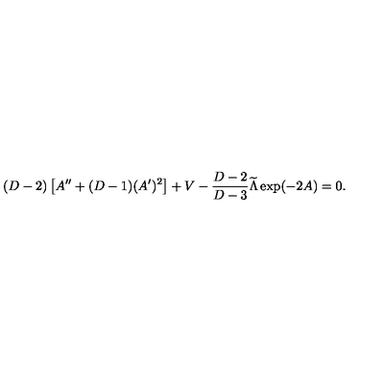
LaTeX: ( D - 2 ) \left[ A ^ { \prime \prime } + ( D - 1 ) ( A ^ { \prime } ) ^ { 2 } \right] + V - { \frac { D - 2 } { D - 3 } } { \widetilde \Lambda } \exp ( - 2 A ) = 0 .